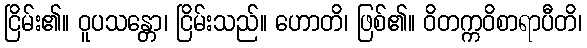
ငြိမ်း၏။ ဝူပသန္တော၊ ငြိမ်းသည်။ ဟောတိ၊ ဖြစ်၏။ ဝိတက္ကဝိစာရာပီတိ၊